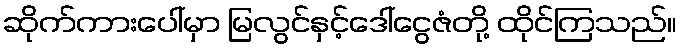
ဆိုက်ကားပေါ်မှာ မြလွင်နှင့်ဒေါ်ငွေဇံတို့ ထိုင်ကြသည်။